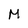
Character: M